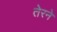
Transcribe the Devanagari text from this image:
तेरने